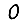
Digit: 0